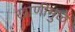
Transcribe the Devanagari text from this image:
खाणींमुळे